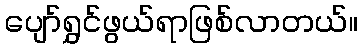
ပျော်ရွှင်ဖွယ်ရာဖြစ်လာတယ်။